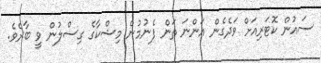
ސައުން ކޮޓަރިއަށް ވަދެގެން އަންނަ ތަން ފެނުމުން މިޝްކާގެ ގިސްލުން ވީ ބާރެވެ.